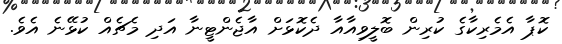
ކޮޕާ އެމެރިކާގެ ކުރިން ބޮލީވިއާއާ ދެކޮޅަށް އާޖެންޓީނާ އަދި މެޗެއް ކުޅޭނެ އެވެ.